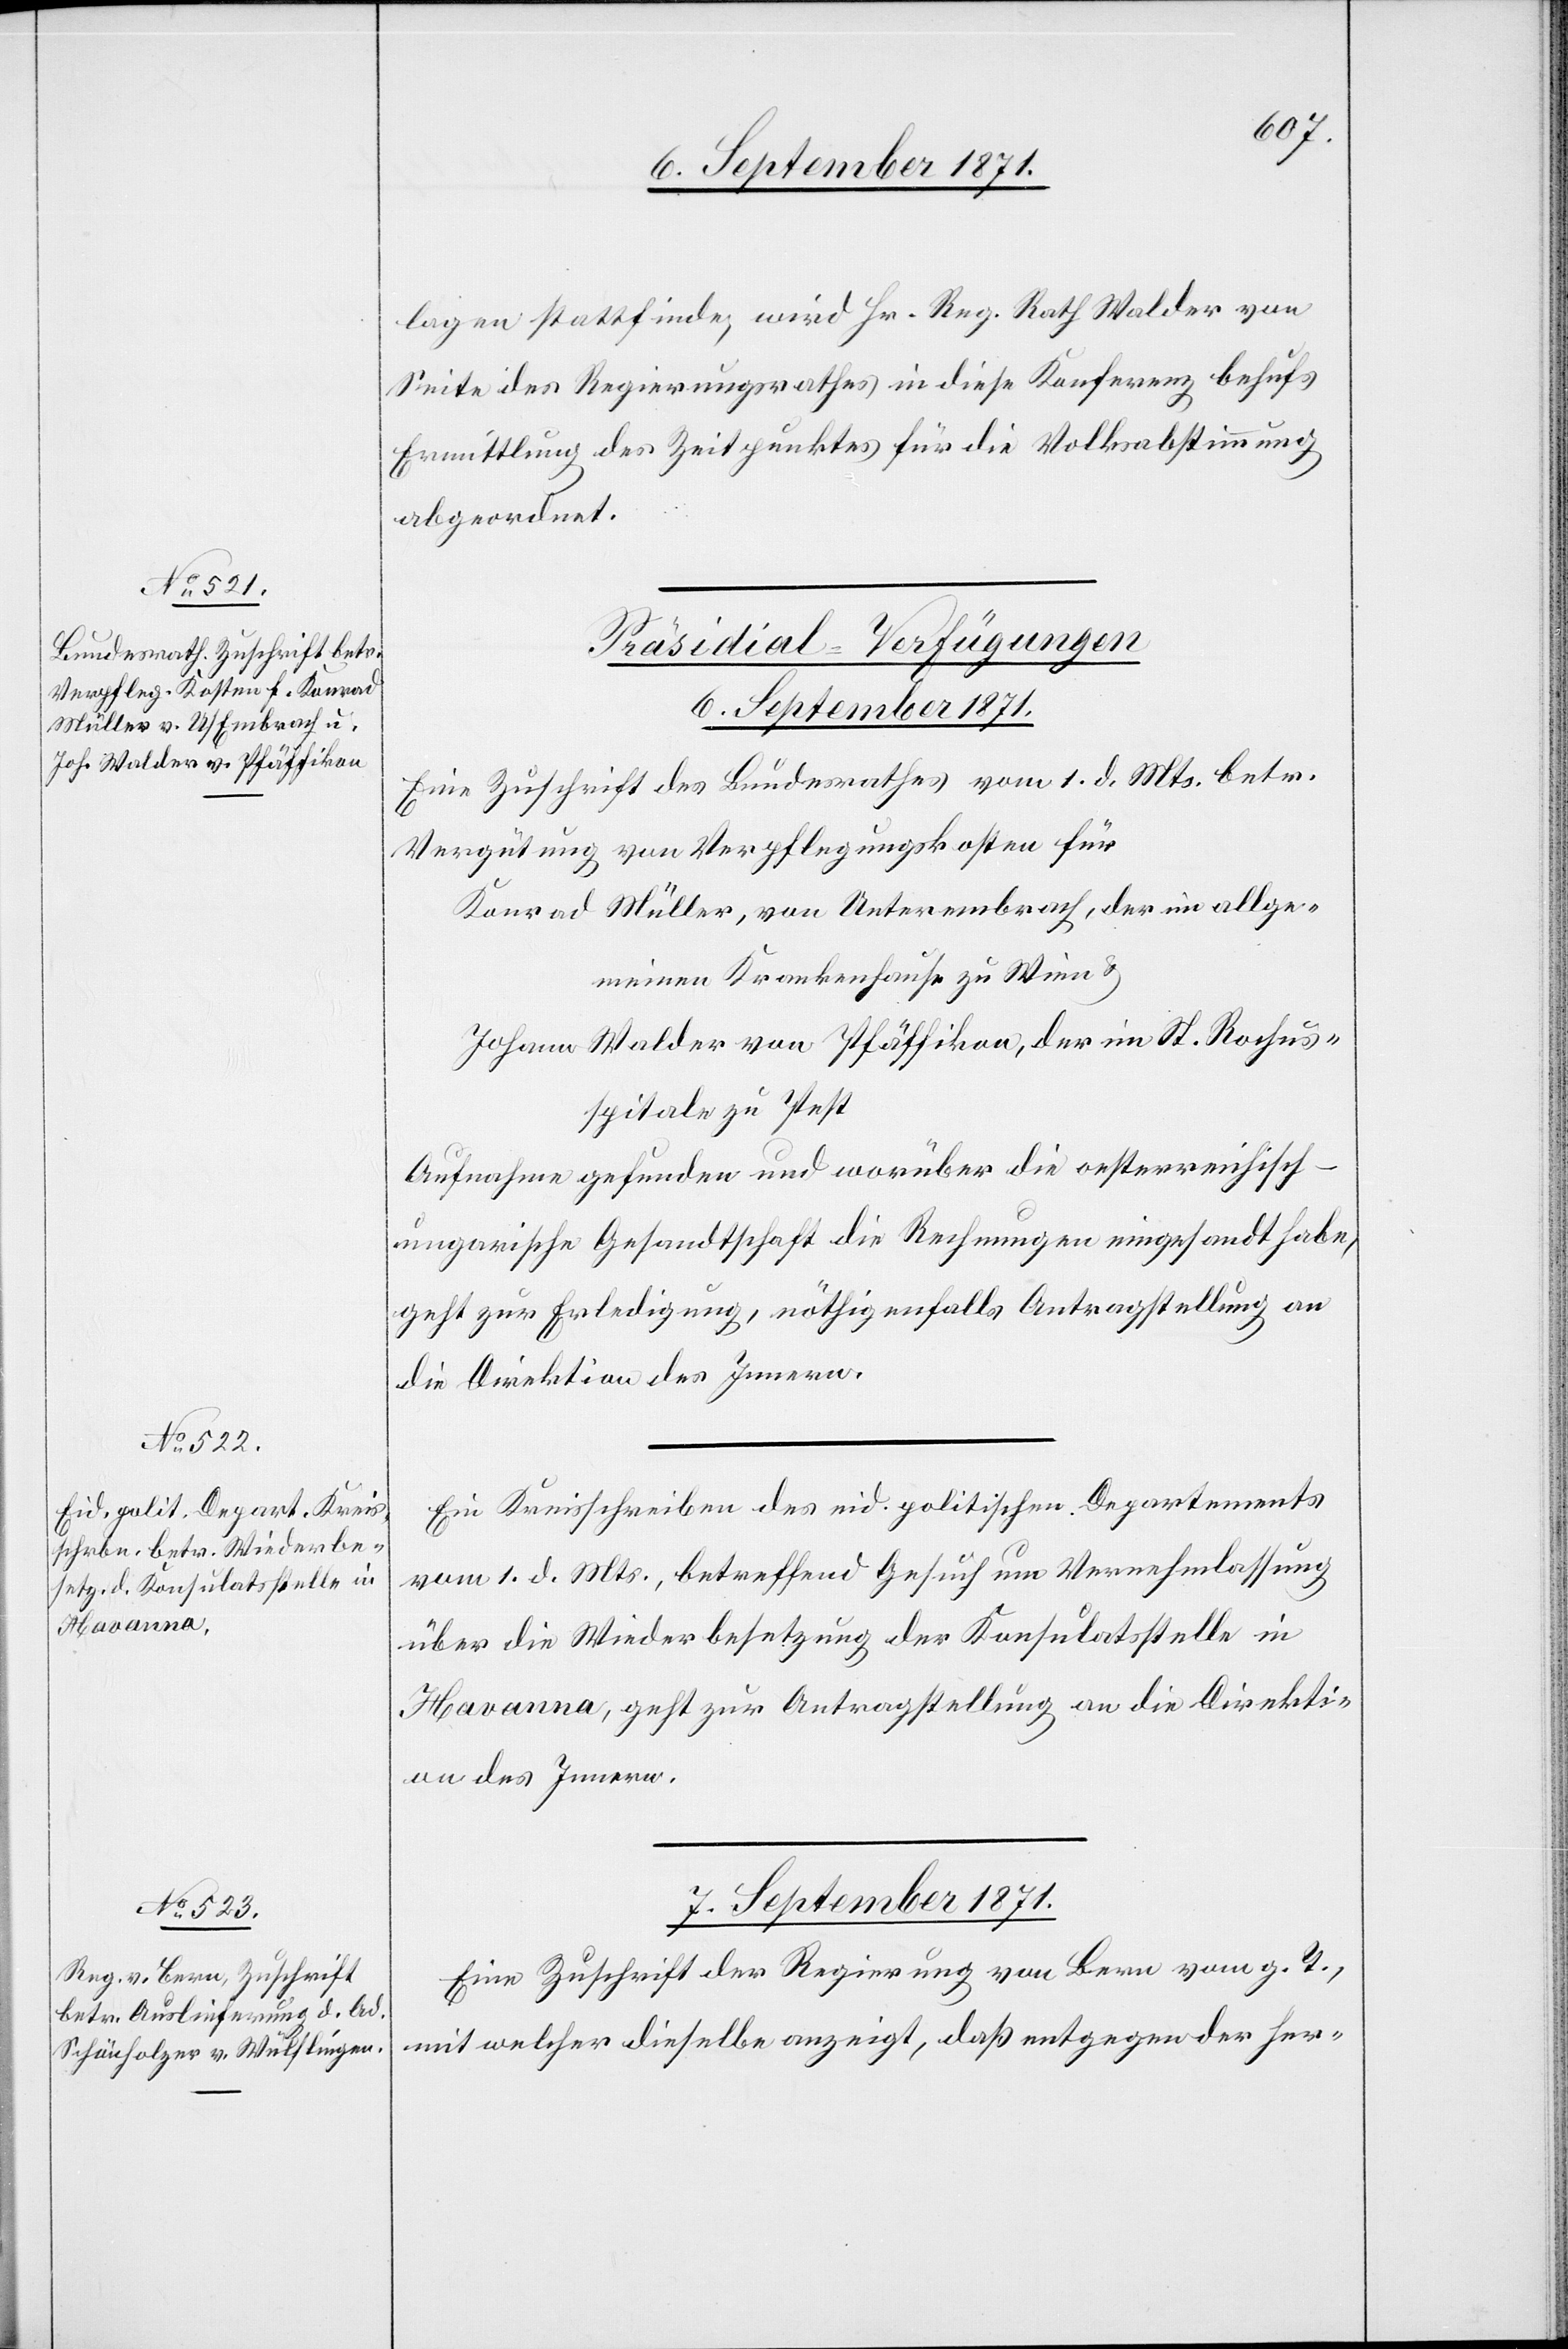
6. September 1871.]
lagen stattfinde, wird Hr. Reg. Rath Walder von
Seite des Regierungsrathes in diese Konferenz behufs
Ermittlung des Zeitpunktes für die Volksabstimmung
abgeordnet.
[Präsidial-Verfügungen.]
Eine Zuschrift des Bundesrathes vom 1. d. Mts. betr.
Vergütung von Verpflegungskosten für
Konrad Müller, von Unterembrach, der im allge¬
meinen Krankenhause zu Wien &
Johann Walder von Pfäffikon, der im St. Rochus¬
spital zu Pest
Aufnahme gefunden und worüber die oesterreichisch-u¬
ngarische Gesandtschaft die Rechnungen eingesandt habe,
geht zur Erledigung, nöthigenfalls Antragstellung an
die Direktion des Innern.
Ein Kreisschreiben des eid. politischen Departements
vom 1. d. Mts. betreffend Gesuch um Vernehmlassung
über die Wiederbesetzung der Konsulatsstelle in
Havanna, geht zur Antragstellung an die Direkti¬
on des Innern.
7. September 1871.
Eine Zuschrift der Regierung von Bern vom g. T.,
mit welcher dieselbe anzeigt, daß entgegen der her-